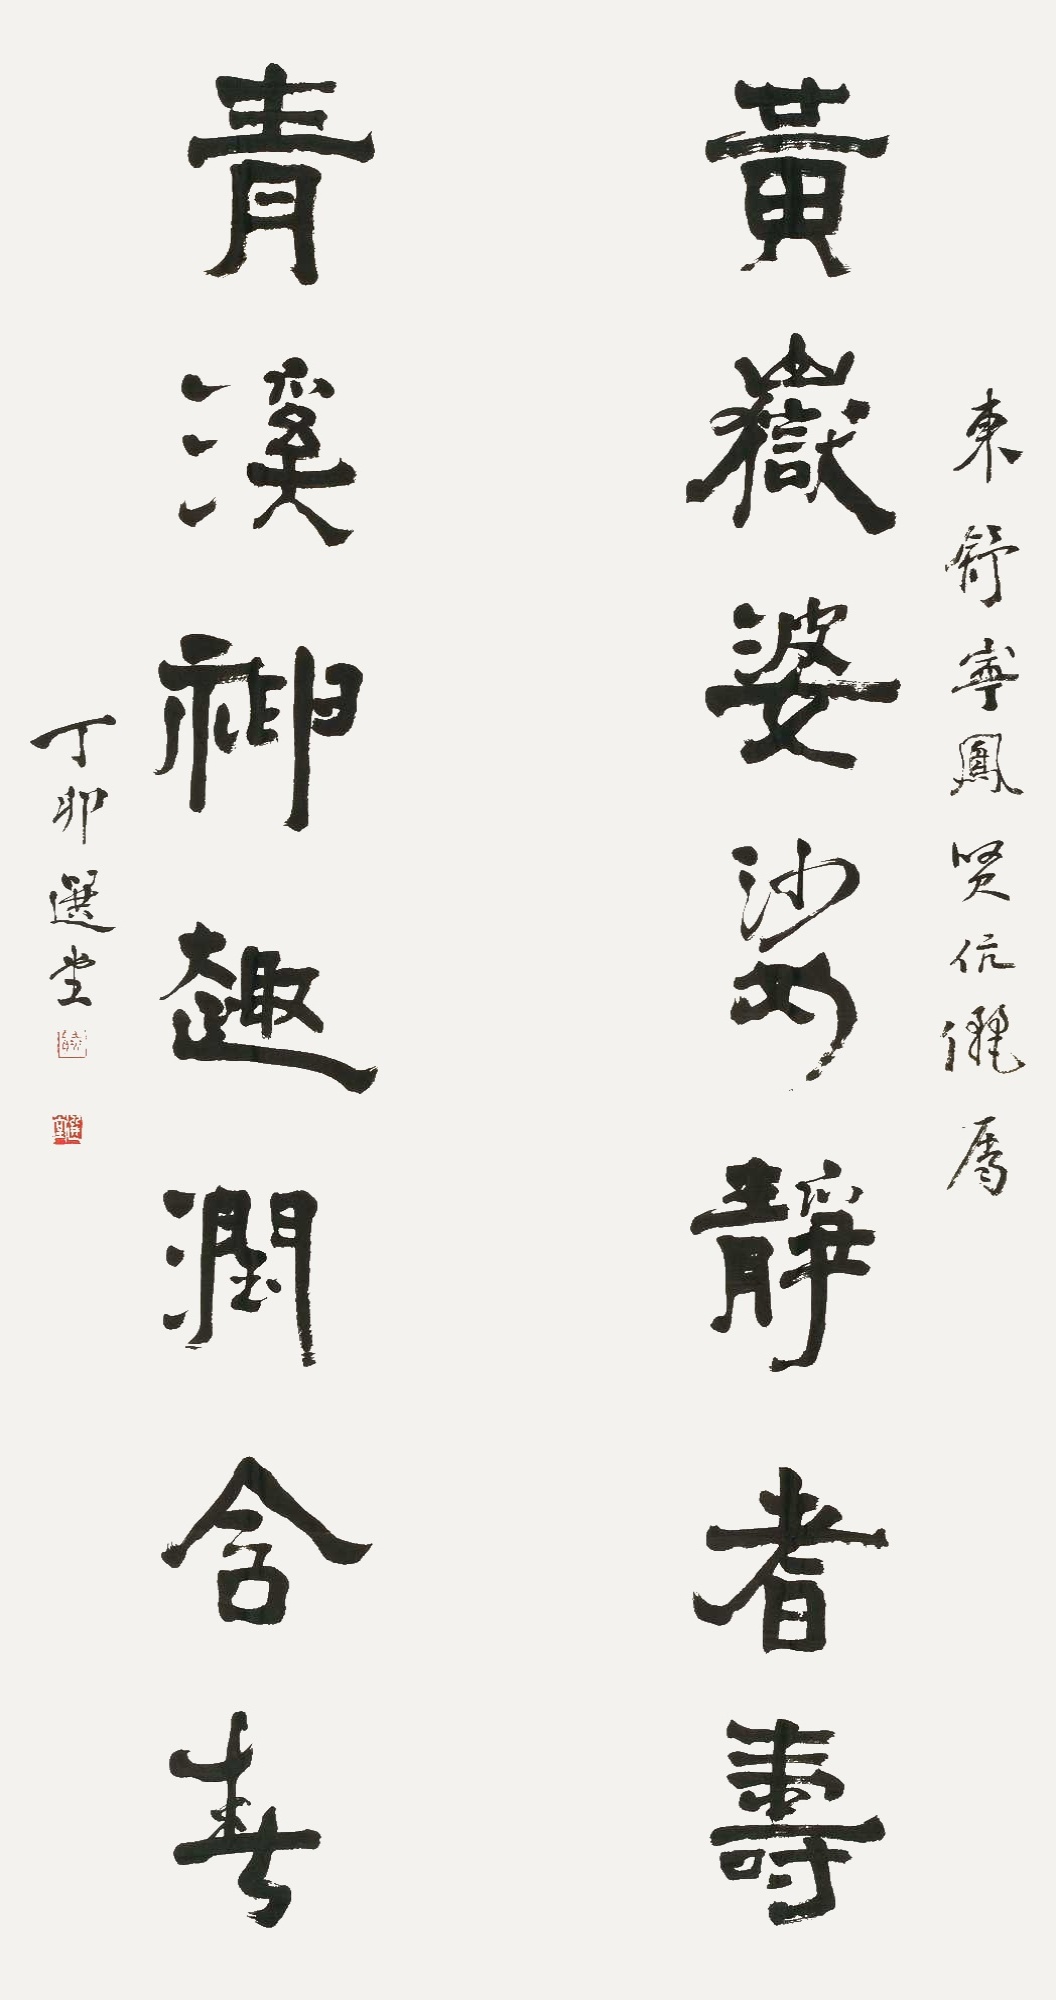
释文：黄岳婆娑静者寿，青溪神趣润含春。东舒、宁凤贤伉俪属，丁卯选堂。